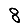
Digit: 8